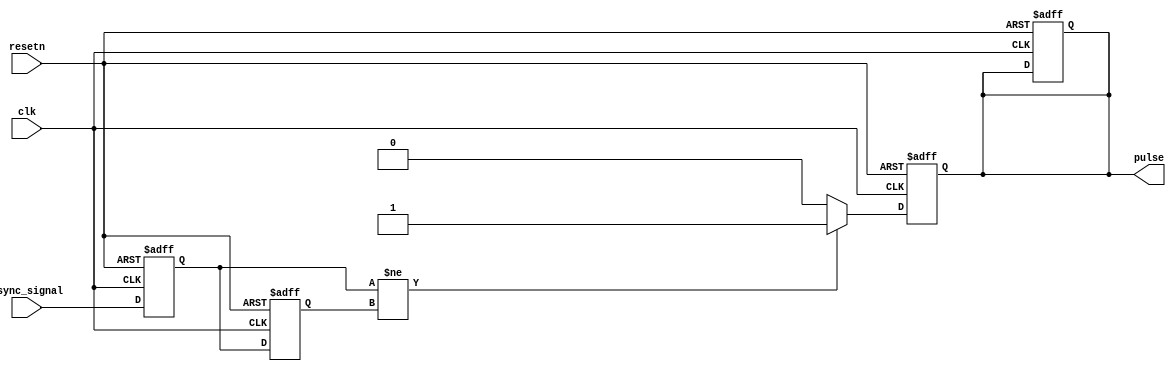
module metastability_detector (
    input wire clk,           // Local clock input
    input wire async_signal,  // Asynchronous input signal to be monitored
    input wire resetn,        // Active low reset signal
    output reg pulse          // Output pulse signal indicating metastability
);

    reg ff1, ff2;
    reg ff1_stable, ff2_stable;

    // Flip-flop sampling
    always @(posedge clk or negedge resetn) begin
        if (!resetn) begin
            ff1 <= 1'b0;
            ff2 <= 1'b0;
        end else begin
            ff1 <= async_signal; // Sample the asynchronous signal
            ff2 <= ff1;          // Sample the first flip-flop output
        end
    end

    // Pulse generation logic
    always @(posedge clk or negedge resetn) begin
        if (!resetn) begin
            pulse <= 1'b0;
            ff1_stable <= 1'b0;
            ff2_stable <= 1'b0;
        end else begin
            // Detect if the outputs of ff1 and ff2 differ
            if (ff1 != ff2) begin
                // Pulse generation when a metastability condition is detected
                pulse <= 1'b1; // Generate pulse indicating metastability
                ff1_stable <= 1'b1; // Set stable signals for pulse width control
                ff2_stable <= 1'b1;
            end else begin
                // Clear pulse if stable
                pulse <= 1'b0;
                ff1_stable <= 1'b0; // Reset stable signals
                ff2_stable <= 1'b0;
            end
        end
    end

    // Optional: Add pulse width control logic (e.g. timer-based generation)
    // Assuming a fixed pulse length for simplicity.
    always @(posedge clk or negedge resetn) begin
        if (!resetn) begin
            pulse <= 1'b0;
        end else if (pulse) begin
            // Here you can implement a delay to control pulse width
            // For example, a simple counter can be used.
            
            // Pulse duration could be controlled here.
            // Pulse could be registered to hold its level based on additional conditions (e.g. timeout).
        end
    end
endmodule